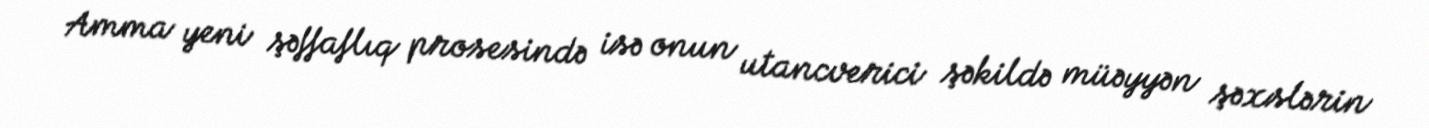
Amma yeni şəffaflıq prosesində isə onun utancverici şəkildə müəyyən şəxslərin